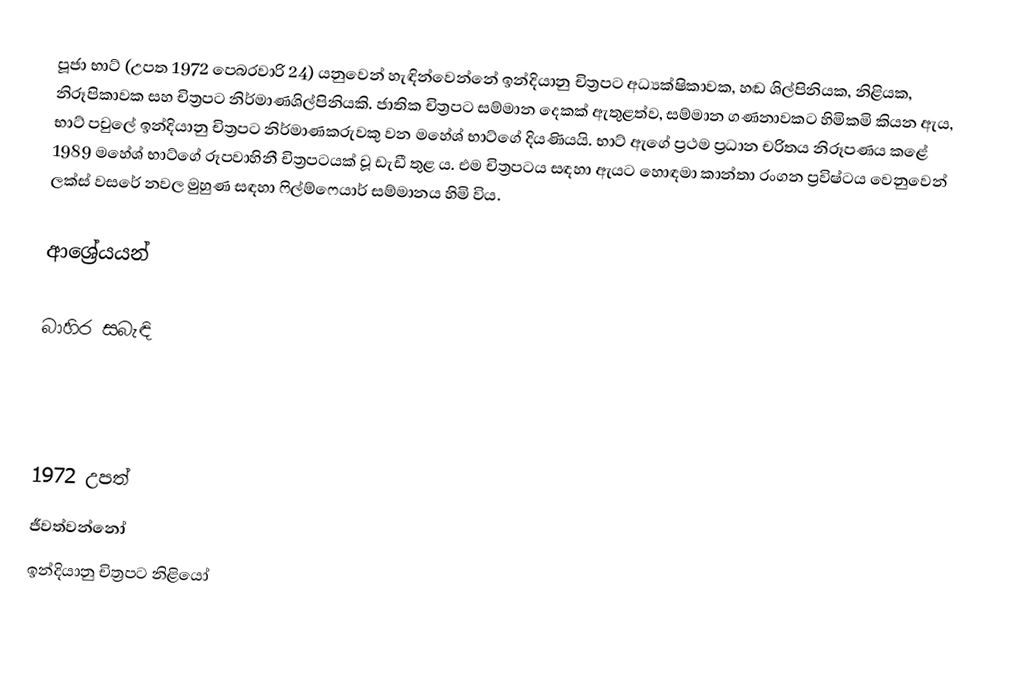
පූජා භාට් (උපත 1972 පෙබරවාරි 24) යනුවෙන් හැඳින්වෙන්නේ ඉන්දියානු චිත්‍රපට අධ්‍යක්ෂිකාවක, හඬ ශිල්පිනියක, නිළියක, නිරූපිකාවක සහ චිත්‍රපට නිර්මාණශිල්පිනියකි. ජාතික චිත්‍රපට සම්මාන දෙකක් ඇතුළත්ව, සම්මාන ගණනාවකට හිමිකමි කියන ඇය, භාට් පවුලේ ඉන්දියානු චිත්‍රපට නිර්මාණකරුවකු වන මහේශ් භාට්ගේ දියණියයි. භාට් ඇගේ ප්‍රථම ප්‍රධාන චරිතය නිරූපණය කළේ 1989 මහේශ් භාට්ගේ රූපවාහිනී චිත්‍රපටයක් වූ ඩැඩී තුළ ය. එම චිත්‍රපටය සඳහා ඇයට හොඳමා කාන්තා ‍රංගන ප්‍රවිෂ්ටය වෙනුවෙන් ලක්ස් වසරේ නවල මුහුණ සඳහා ෆිල්ම්ෆෙයාර් සම්මානය හිමි විය.

ආශ්‍රේයයන්

බාහිර සබැඳි

1972 උපත්
ජීවත්වන්නෝ
ඉන්දියානු චිත්‍රපට නිළියෝ